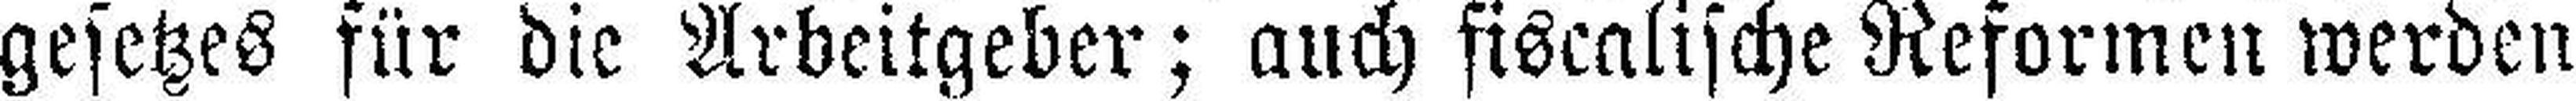
gesetzes für die Arbeitgeber; auch fiscalische Reformen werden